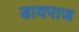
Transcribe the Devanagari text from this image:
डायपाज